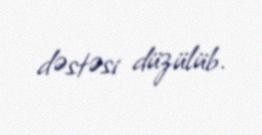
dəstəsi düzülüb.